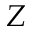
Z